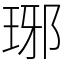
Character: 琊